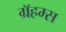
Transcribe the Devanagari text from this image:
ग्रॅहम्स